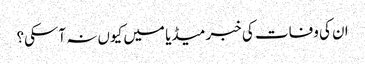
ان کی وفات کی خبر میڈیا میں کیوں نہ آسکی؟